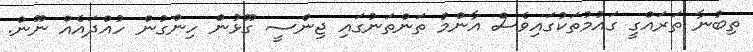
ތިބުނާ ތަރައްގީ ގައުމުތަކުގައިވެސް އާންމު ތަންތަނުގައި ޖިންސީ ގޫޅުން ހިންގުން ހުއްދައެއް ނޫން.